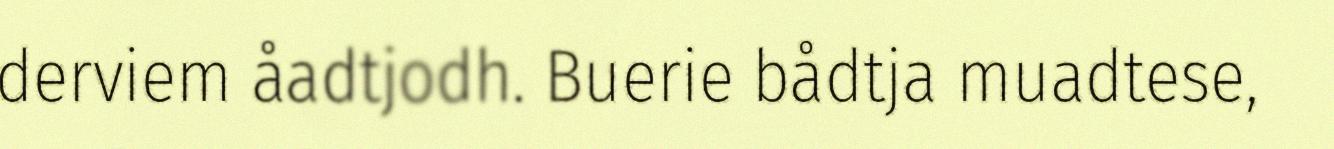
derviem åadtjodh. Buerie bådtja muadtese,